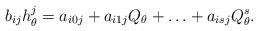
LaTeX: \begin{align*}b_{ij}h_\theta^j=a_{i0j}+a_{i1j}Q_\theta+\ldots+a_{isj}Q_\theta^s.\end{align*}